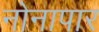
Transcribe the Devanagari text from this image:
नोनापार